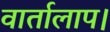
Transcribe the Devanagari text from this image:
वार्तालाप।